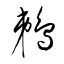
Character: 鵜